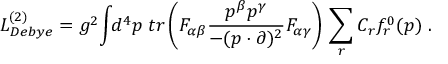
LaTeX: { \cal L } _ { D e b y e } ^ { ( 2 ) } = g ^ { 2 } \! \int \! \! d ^ { 4 } p \; t r \left( F _ { \alpha \beta } \frac { p ^ { \beta } p ^ { \gamma } } { - ( p \cdot \partial ) ^ { 2 } } F _ { \alpha \gamma } \right) \, \sum _ { r } C _ { r } f _ { r } ^ { 0 } ( p ) \; .